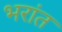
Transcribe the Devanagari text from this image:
भरांत